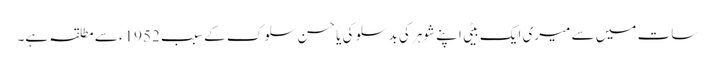
سات میں سے میری ایک بیٹی اپنے شوہر کی بدسلوکی یا حسن سلوک کے سبب 1952ء سے مطلقہ ہے۔